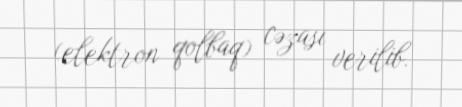
(elektron qolbaq) cəzası verilib.